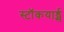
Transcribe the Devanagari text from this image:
स्टॉकयार्ड्स